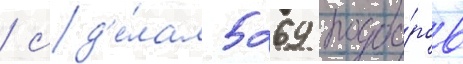
/ сд'е́лал 5269 подбо́ров